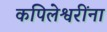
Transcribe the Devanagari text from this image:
कपिलेश्वरींना